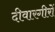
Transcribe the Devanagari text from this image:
दीवारगीरों